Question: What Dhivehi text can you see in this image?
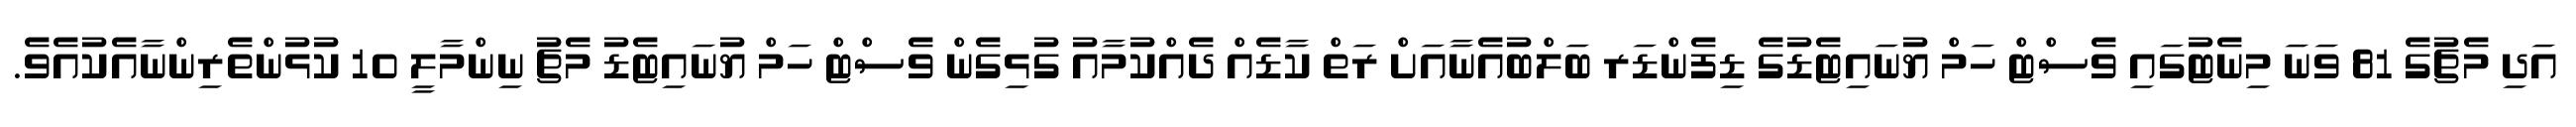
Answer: އަދި މެޗުގެ 81 ވަނަ މިނެޓުގައި ވެސްޓް ހަމް ޔުނައިޓެޑުގެ ޑިފެންޑަރ ބަލްބުއެނާއަށް ރަތް ކާޑެއް ދެއްކުމާއު ގުޅިގެން ވެސްޓް ހަމް ޔުނައިޓެޑު މެޗު ނިންމާލީ 10 ކުޅުންތެރިންނާއެކުއެވެ.